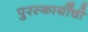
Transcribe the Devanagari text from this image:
पुरस्कार्थींची